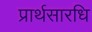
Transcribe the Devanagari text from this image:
प्रार्थसारधि